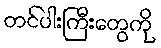
တင်ပါးကြီးတွေကို